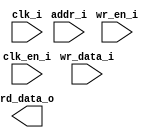
/*******************************************************************************
    Verilog netlist generated by IPGEN Radiant
    Soft IP Version: 1.0.0
    Tue Oct 23 11:51:21 2018
*******************************************************************************/
/*******************************************************************************
    Wrapper Module generated per user settings.
*******************************************************************************/
module rom_alphanumeric14 (clk_i, clk_en_i, wr_en_i, wr_data_i, addr_i,
    rd_data_o)/* synthesis syn_black_box syn_declare_black_box=1 */;
    input  clk_i;
    input  clk_en_i;
    input  wr_en_i;
    input  [15:0]  wr_data_i;
    input  [7:0]  addr_i;
    output  [15:0]  rd_data_o;
endmodule